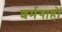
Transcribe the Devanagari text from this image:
शर्मगाहों